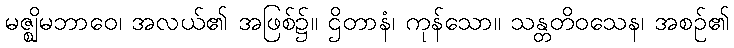
မဇ္ဈိမဘာဝေ၊ အလယ်၏ အဖြစ်၌။ ဌိတာနံ၊ ကုန်သော။ သန္တတိဝသေန၊ အစဉ်၏